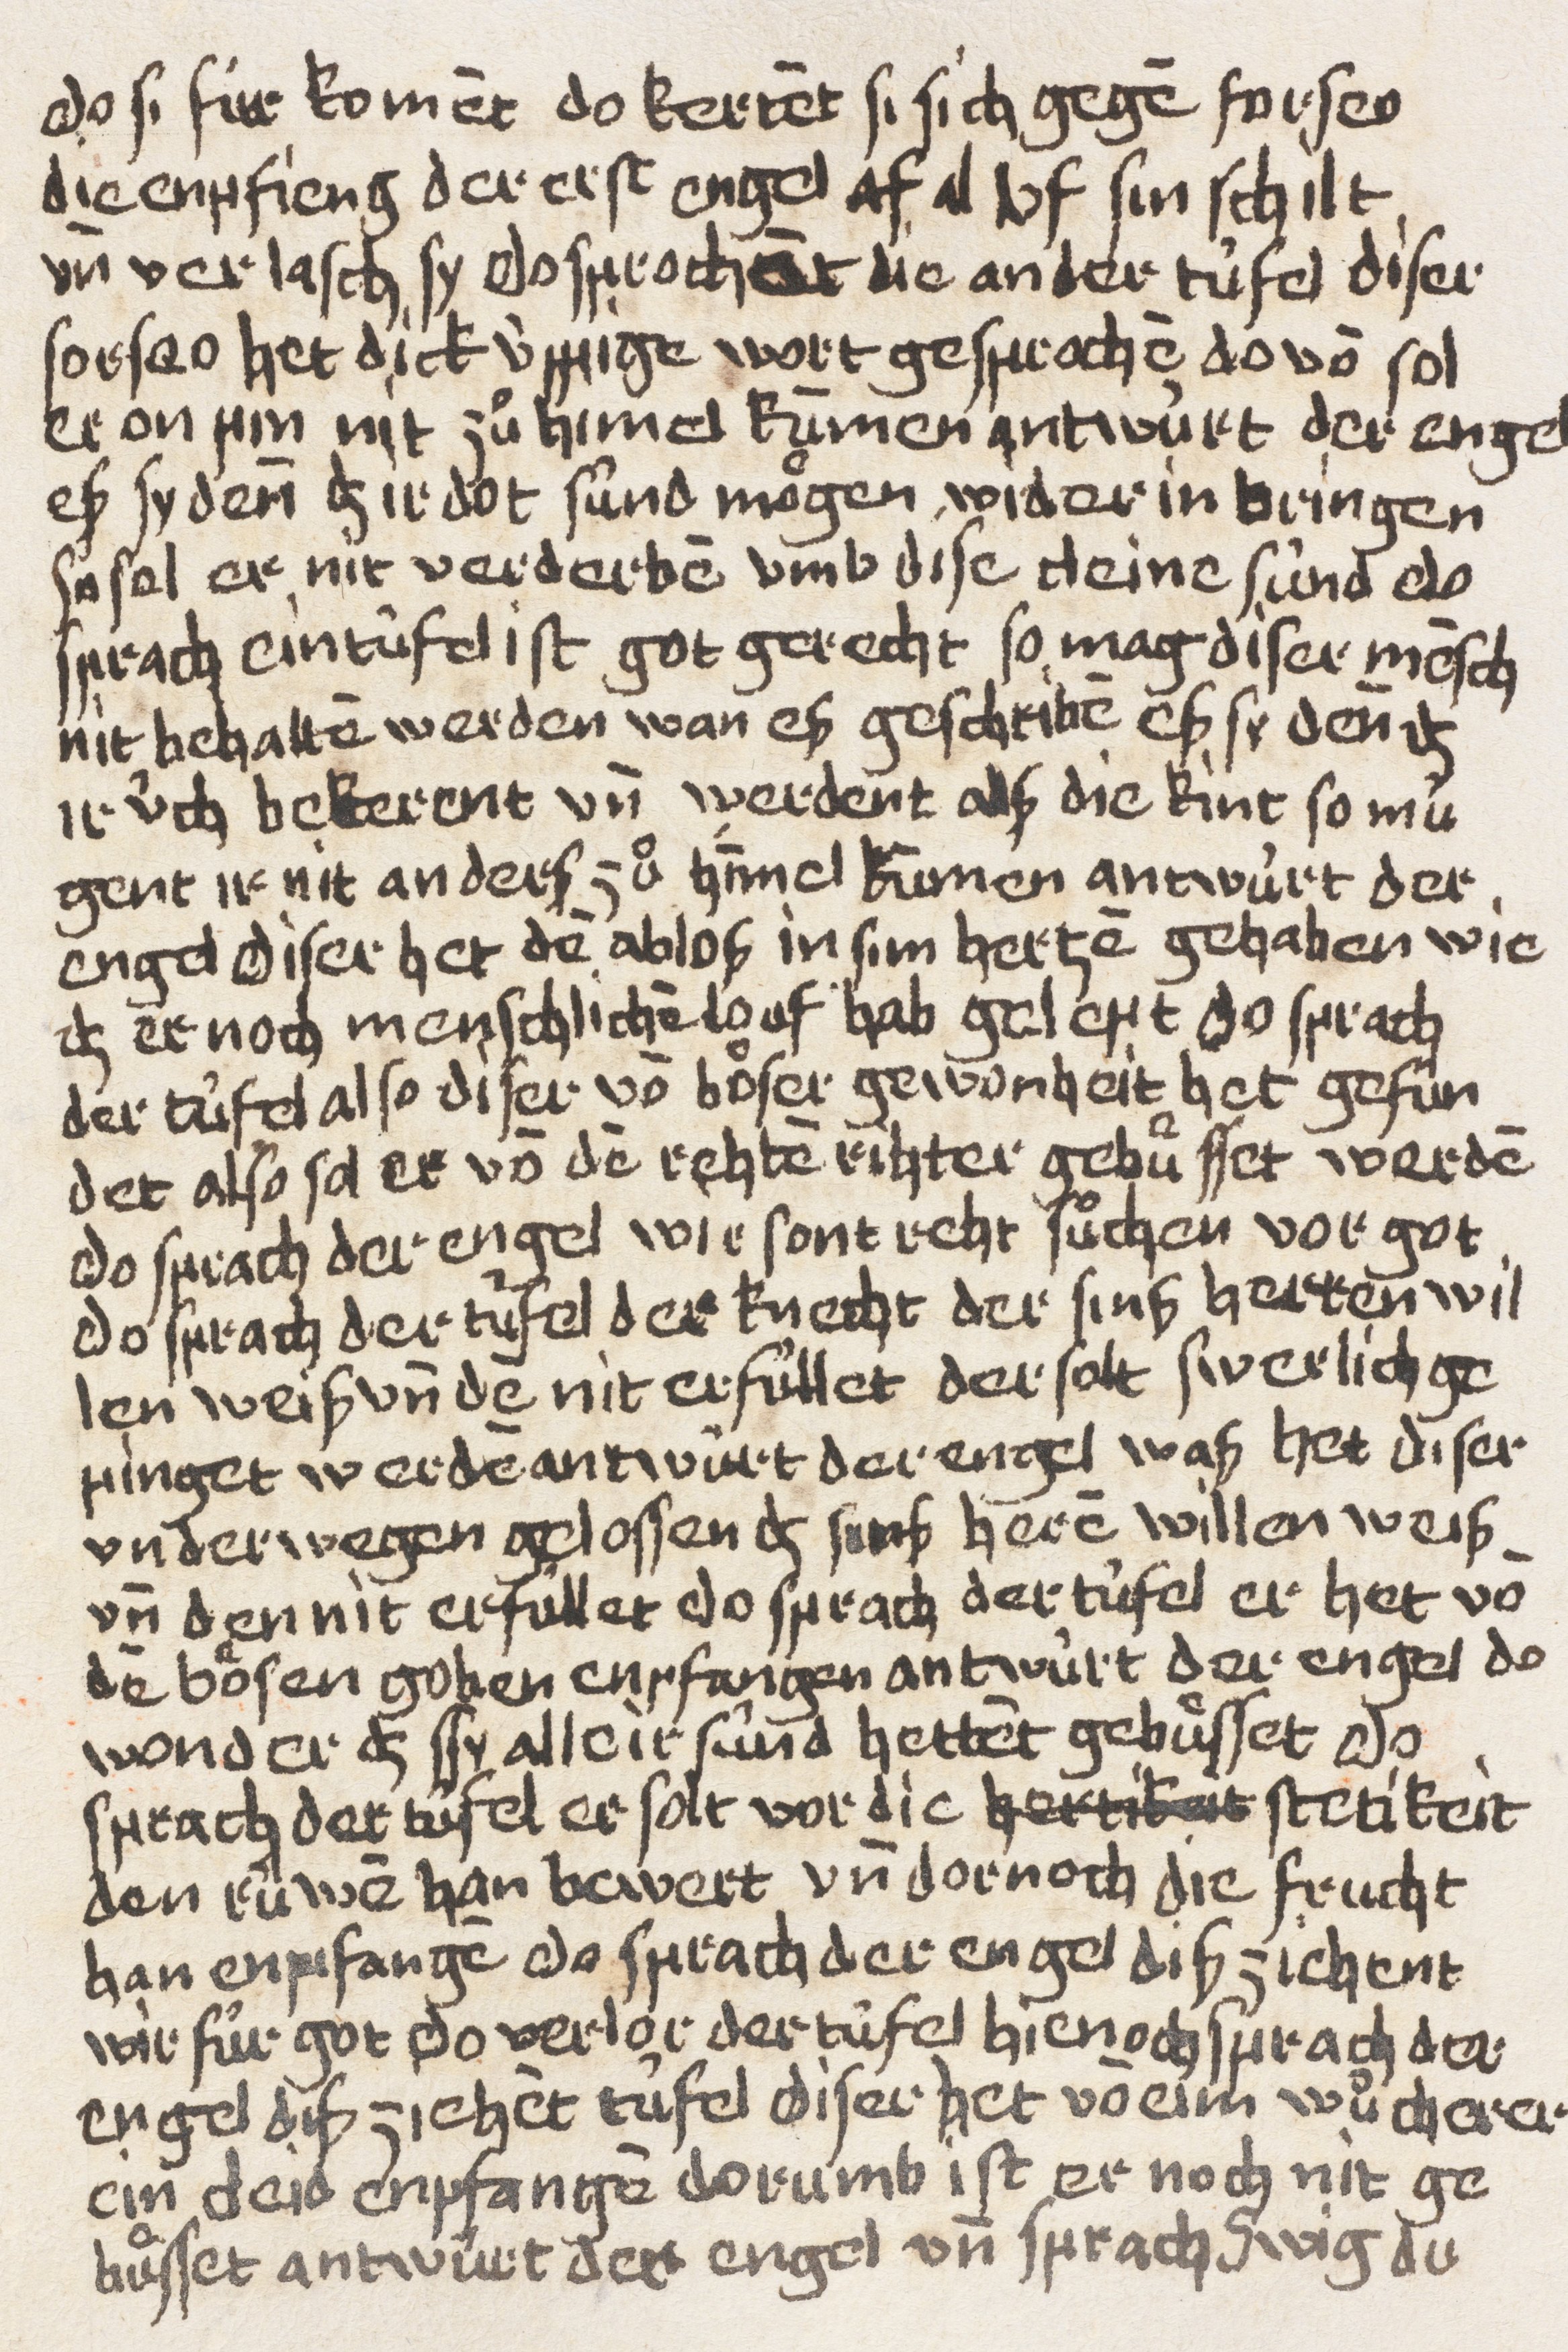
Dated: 1400–1499